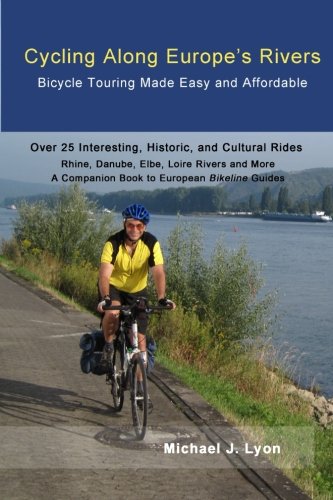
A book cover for Cycling Along Europe's Rivers: Bicycle Touring Made Easy and Affordable; Michael Lyon; Travel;